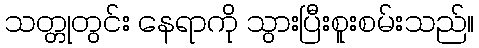
သတ္တုတွင်း နေရာကို သွားပြီးစူးစမ်းသည်။